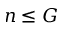
n \leq G